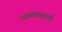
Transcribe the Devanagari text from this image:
नरमदलवादी